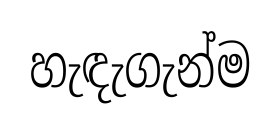
හැඳැගැන්ම